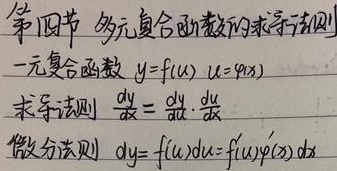
第四节 多元复合函数的求导法则
一元复合函数 \(y = f(u)\)，\(u=\varphi(x)\)
求导法则 \(\frac{dy}{dx}=\frac{dy}{du}\cdot\frac{du}{dx}\)
微分法则 \(dy = f'(u)du=f'(\varphi(x))\varphi'(x)dx\)